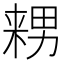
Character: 𱰺